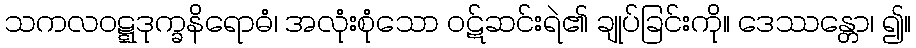
သကလဝဋ္ဋဒုက္ခနိရောဓံ၊ အလုံးစုံသော ဝဋ်ဆင်းရဲ၏ ချုပ်ခြင်းကို။ ဒေဿန္တော၊ ၍။